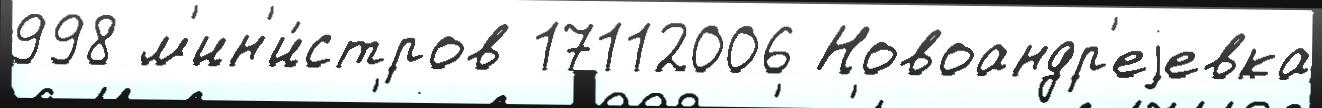
998 м'ин'и́стров 17112006 Новоандр'еjевка